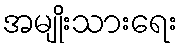
အမျိုးသားရေး